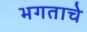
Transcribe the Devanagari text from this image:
भगताचे